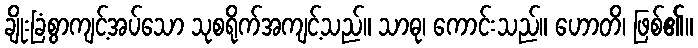
ချိုးခြံစွာကျင့်အပ်သော သုစရိုက်အကျင့်သည်။ သာဓု၊ ကောင်းသည်။ ဟောတိ၊ ဖြစ်၏။